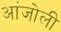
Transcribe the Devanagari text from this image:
आंजोली